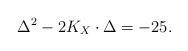
LaTeX: \begin{align*}\Delta^2-2K_X \cdot \Delta =-25.\end{align*}